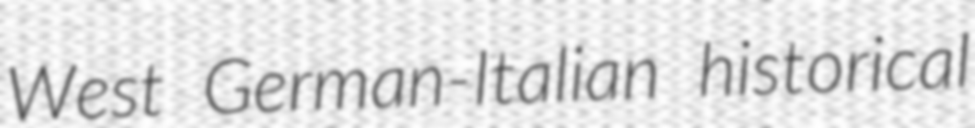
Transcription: West German-Italian historical